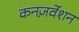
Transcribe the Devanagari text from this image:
कनज़र्वेशन